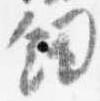
剣